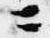
ニ